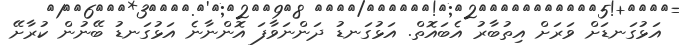
އަޅުގަނޑަށް ވަރަށް އިތުބާރު އެބައޮތް. އަޅުގަނޑު ދަންނަވާފަ އޮންނާނެ އަޅުގަނޑު ބޭނުން ކުރާށޭ